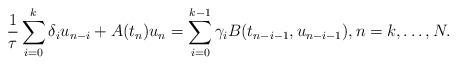
LaTeX: \begin{align*}\frac{1}{\tau}\sum\limits^k_{i=0}\delta_iu_{n-i} + A(t_n)u_n= \sum\limits^{k-1}_{i=0}\gamma_iB(t_{n-i-1},u_{n-i-1}),n=k,\dotsc,N .\end{align*}